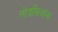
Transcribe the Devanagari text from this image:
लोइसिआना